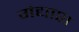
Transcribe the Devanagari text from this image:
गंद्याश